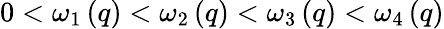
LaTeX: \begin{array}{r}{0<\omega_{1}\left(q\right)<\omega_{2}\left(q\right)<\omega_{3}\left(q\right)<\omega_{4}\left(q\right)}\end{array}